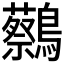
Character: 𪇭